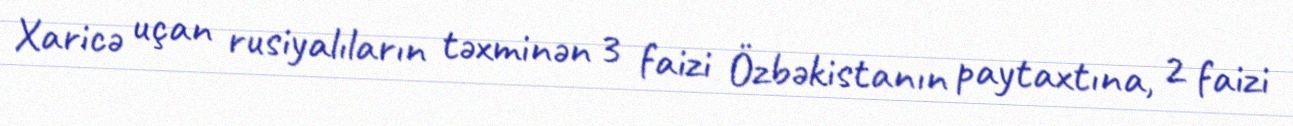
Xaricə uçan rusiyalıların təxminən 3 faizi Özbəkistanın paytaxtına, 2 faizi